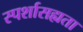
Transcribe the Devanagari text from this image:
स्पर्शासह्यता